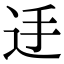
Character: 𨑲